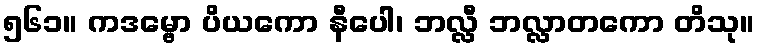
၅၆၁။ ကဒမ္ဗော ပိယကော နီပေါ၊ ဘလ္လီ ဘလ္လာတကော တိသု။